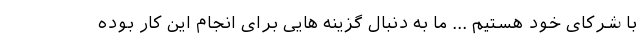
با شرکای خود هستیم ... ما به دنبال گزینه هایی برای انجام این کار بوده